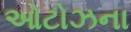
ઓટોઝના